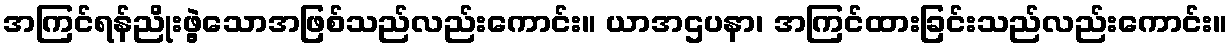
အကြင်ရန်ညိုးဖွဲ့သောအဖြစ်သည်လည်းကောင်း။ ယာအဌပနာ၊ အကြင်ထားခြင်းသည်လည်းကောင်း။